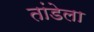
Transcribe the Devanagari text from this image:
तांडेला